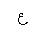
Letter: _ayn